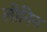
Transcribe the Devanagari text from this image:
लीनिन